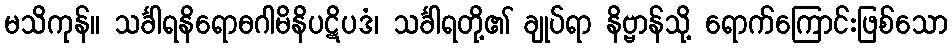
မသိကုန်။ သင်္ခါရနိရောဓဂါမိနိပဋိပဒံ၊ သင်္ခါရတို့၏ ချုပ်ရာ နိဗ္ဗာန်သို့ ရောက်ကြောင်းဖြစ်သော